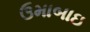
ઉમાબાઇ